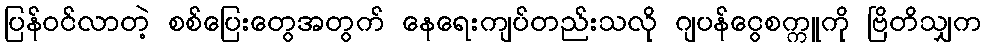
ပြန်ဝင်လာတဲ့ စစ်ပြေးတွေအတွက် နေရေးကျပ်တည်းသလို ဂျပန်ငွေစက္ကူကို ဗြိတိသျှက